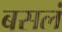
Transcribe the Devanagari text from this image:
बसलं